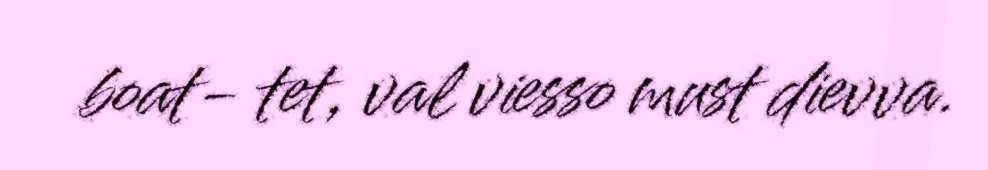
boat- tet, val viesso must dievva.